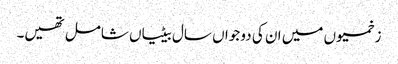
زخمیوں میں ان کی دو جواں سال بیٹیاں شامل تھیں۔